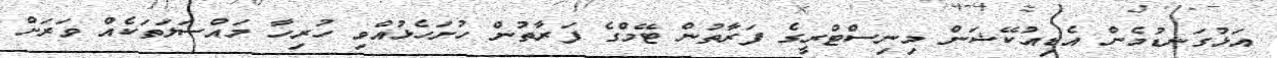
އަޅުގަނޑުމެން އެޑިއުކޭޝަން މިނިސްޓްރީގެ ފަރާތުން ޓޭމްގެ ފަރާތުން ހުށަހެޅުއްވި ހުރިހާ މައްސަލަތަކެއް ވަރަށް